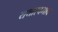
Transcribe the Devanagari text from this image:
यथास्वभाव